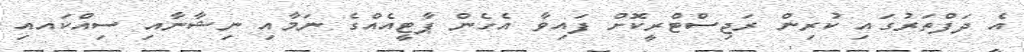
އެ ދަފްތަރުގައި ކުރިން ރަޖިސްޓްރީކޮށް ފައިވާ އެހެން ޕާޓީއެއްގެ ނަމާއި ނިޝާނާއި ސިއްކައއި